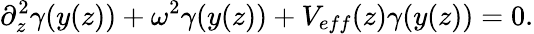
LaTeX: \partial_{z}^{2}\gamma(y(z))+\omega^{2}\gamma(y(z))+V_{eff}(z)\gamma(y(z))=0.